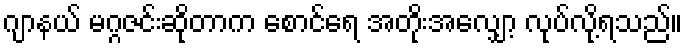
ဂျာနယ် မဂ္ဂဇင်းဆိုတာက စောင်ရေ အတိုးအလျှော့ လုပ်လို့ရသည်။